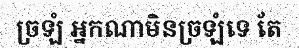
ច្រឡំ អ្នកណាមិនច្រឡំទេ តែ